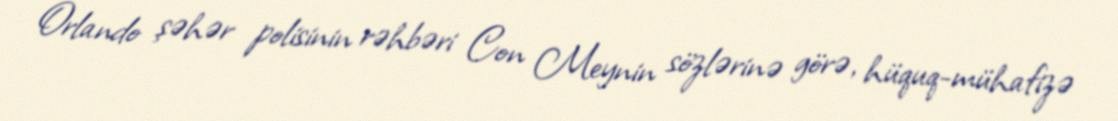
Orlando şəhər polisinin rəhbəri Con Meynin sözlərinə görə, hüquq-mühafizə